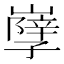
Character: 𡦣